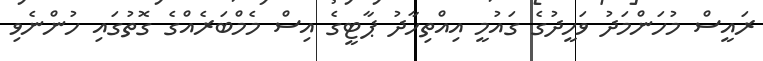
ރައީސް މުހަންމަދު ވަހީދުގެ ގައުމީ އިއްތިހާދު ޕާޓީގެ އިސް މެމްބަރެއްގެ ގޮތުގައި ހުންނެވި